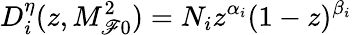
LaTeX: D_{i}^{\eta}(z,M_{\mathscr{F}0}^{2})=N_{i}z^{\alpha_{i}}(1-z)^{\beta_{i}}